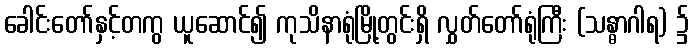
ခေါင်းတော်နှင့်တကွ ယူဆောင်၍ ကုသိနာရုံမြို့တွင်းရှိ လွှတ်တော်ရုံကြီး (သန္ဓာဂါရ) ၌